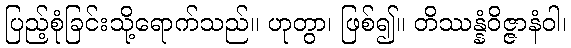
ပြည့်စုံခြင်းသို့ရောက်သည်။ ဟုတွာ၊ ဖြစ်၍။ တိဿန္နံဝိဇ္ဇာနံဝါ၊